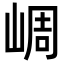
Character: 㟘